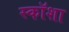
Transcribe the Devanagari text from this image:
स्कॉशा